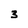
Character: 3